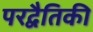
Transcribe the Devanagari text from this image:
परद्वैतिकी